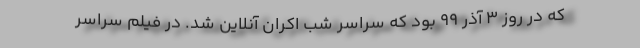
که در روز 3 آذر 99 بود که سراسر شب اکران آنلاین شد. در فیلم سراسر